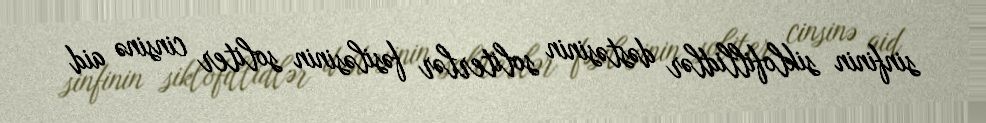
sinfinin siklofillidlər dəstəsinin soliterlər fəsiləsinin soliter cinsinə aid